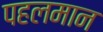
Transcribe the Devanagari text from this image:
पहलमान